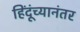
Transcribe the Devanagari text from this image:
हिंदूंच्यानंतर